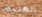
الهضم